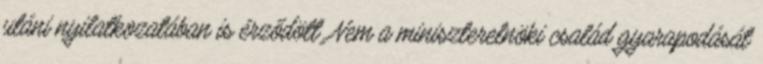
utáni nyilatkozatában is érződött. Nem a miniszterelnöki család gyarapodását